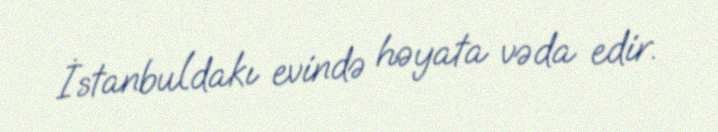
İstanbuldakı evində həyata vəda edir.